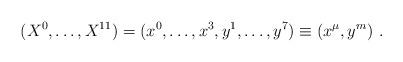
LaTeX: \begin{align*}(X^0,\ldots,X^{11}) =(x^0,\ldots,x^3,y^1,\ldots,y^7) \equiv (x^\mu,y^m)\ .\end{align*}